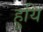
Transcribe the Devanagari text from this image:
हुयि